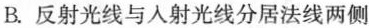
B.反射光线与入射光线分居法线两侧